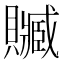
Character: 贓